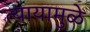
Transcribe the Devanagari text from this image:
त्यायामुळे